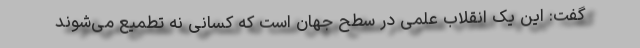
گفت: این یک انقلاب علمی در سطح جهان است که کسانی نه تطمیع می‌شوند